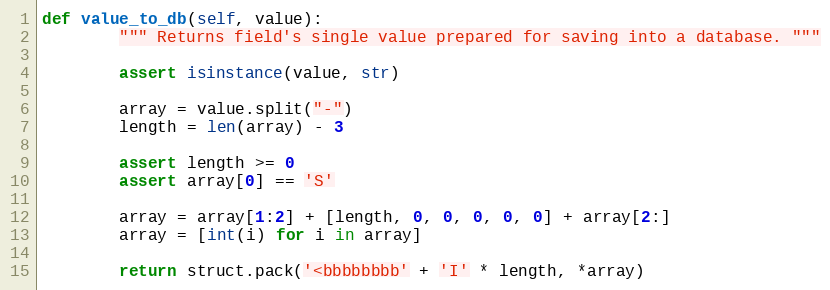
Language: Python
def value_to_db(self, value):
        """ Returns field's single value prepared for saving into a database. """

        assert isinstance(value, str)

        array = value.split("-")
        length = len(array) - 3

        assert length >= 0
        assert array[0] == 'S'

        array = array[1:2] + [length, 0, 0, 0, 0, 0] + array[2:]
        array = [int(i) for i in array]

        return struct.pack('<bbbbbbbb' + 'I' * length, *array)